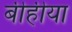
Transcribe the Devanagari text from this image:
बीहीया